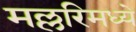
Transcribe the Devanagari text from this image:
मल्लरिमध्ये